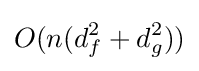
O(n(d_{f}^{2}+d_{g}^{2}))